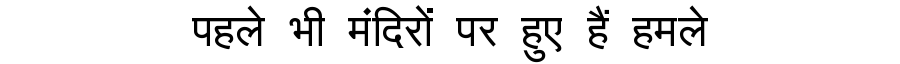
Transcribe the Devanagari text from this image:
पहले भी मंदिरों पर हुए हैं हमले